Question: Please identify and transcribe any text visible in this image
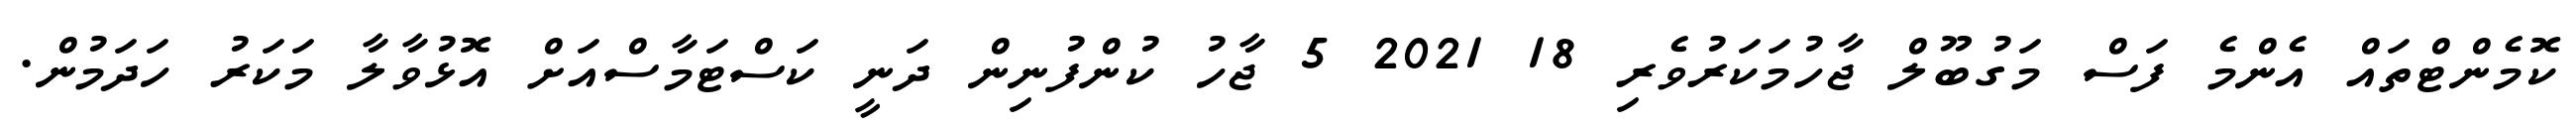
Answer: ކޮމެންޓްތައް އެންމެ ފަސް މަގުބޫލް ޖާހުމަކަރުވެރި 18 2021 5 ޖާހު ކުންފުނިން ދަނީ ކަސްޓަމާސްއަށް އޮޅުވާލާ މަކަރު ހަދަމުން.